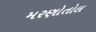
મરણોતોલ